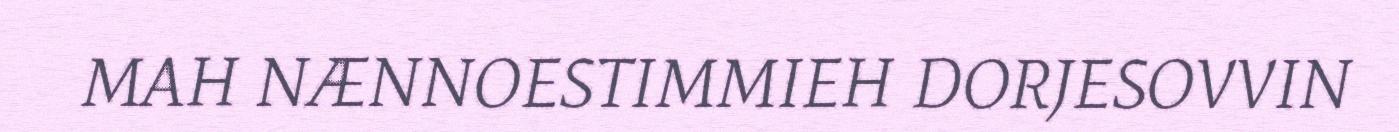
MAH NÆNNOESTIMMIEH DORJESOVVIN